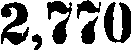
2,770